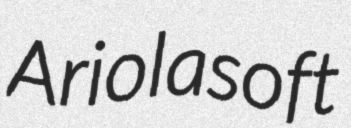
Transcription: Ariolasoft